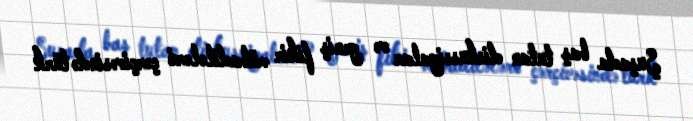
Şuşada baş tutan diskussiyalar və geniş fikir mübadilələri çərçivəsində türk